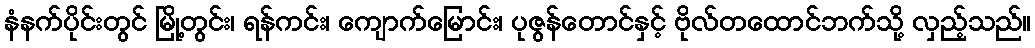
နံနက်ပိုင်းတွင် မြို့တွင်း၊ ရန်ကင်း၊ ကျောက်မြောင်း၊ ပုဇွန်တောင်နှင့် ဗိုလ်တထောင်ဘက်သို့ လှည့်သည်။